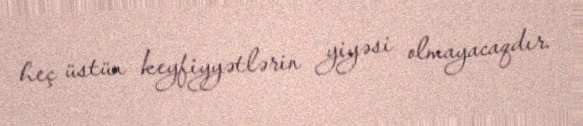
heç üstün keyfiyyətlərin yiyəsi olmayacaqdır.